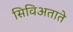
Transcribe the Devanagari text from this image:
सिविअताते